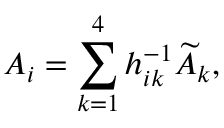
A _ { i } = \sum _ { k = 1 } ^ { 4 } h _ { i k } ^ { - 1 } \widetilde { A } _ { k } ,